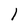
Character: 1